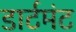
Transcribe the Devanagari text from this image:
डार्टमंट